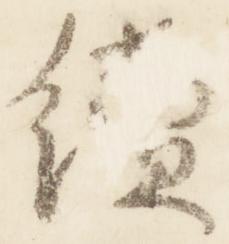
続